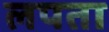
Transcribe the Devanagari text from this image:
लपता